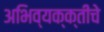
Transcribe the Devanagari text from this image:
अभिव्यक्क्तीचे